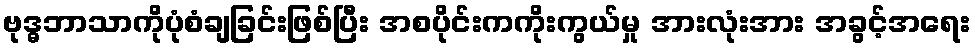
ဗုဒ္ဓဘာသာကိုပုံစံချခြင်းဖြစ်ပြီး အစပိုင်းကကိုးကွယ်မှု အားလုံးအား အခွင့်အရေး